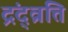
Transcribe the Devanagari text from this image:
द्रंद्व्रत्ति